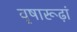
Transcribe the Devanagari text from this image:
वृषारूढ़ां